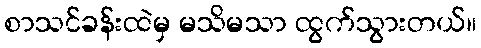
စာသင်ခန်းထဲမှ မသိမသာ ထွက်သွားတယ်။